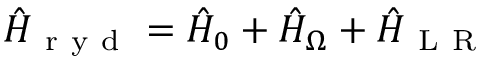
\hat { H } _ { \mathrm { ~ r ~ y ~ d ~ } } = \hat { H } _ { 0 } + \hat { H } _ { \Omega } + \hat { H } _ { \mathrm { ~ L ~ R ~ } }